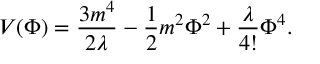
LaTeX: V ( \Phi ) = \frac { 3 m ^ { 4 } } { 2 \lambda } - \frac { 1 } { 2 } m ^ { 2 } \Phi ^ { 2 } + \frac { \lambda } { 4 ! } \Phi ^ { 4 } .